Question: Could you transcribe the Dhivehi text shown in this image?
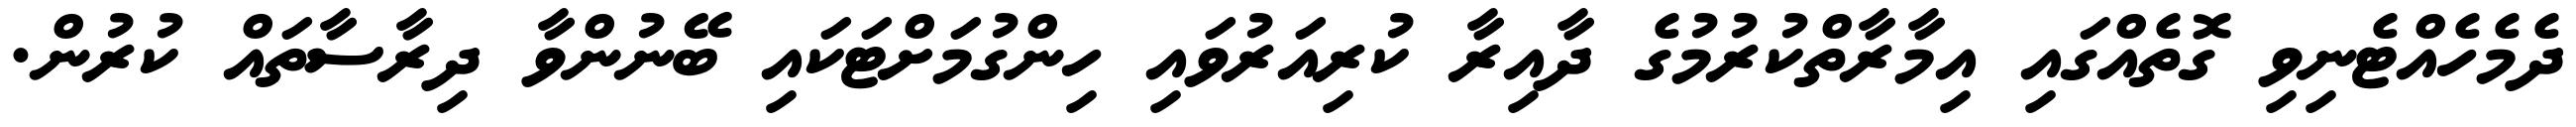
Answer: ދެމެހެއްޓެނިވި ގޮތެއްގައި އިމާރާތްކުރުމުގެ ދާއިރާ ކުރިއަރުވައި ހިންގުމަށްޓަކައި ބޭނުންވާ ދިރާސާތައް ކުރުން.